Civil Veterinary Department. United Provinces 1923-31 - 1923-1931
Year: 1923
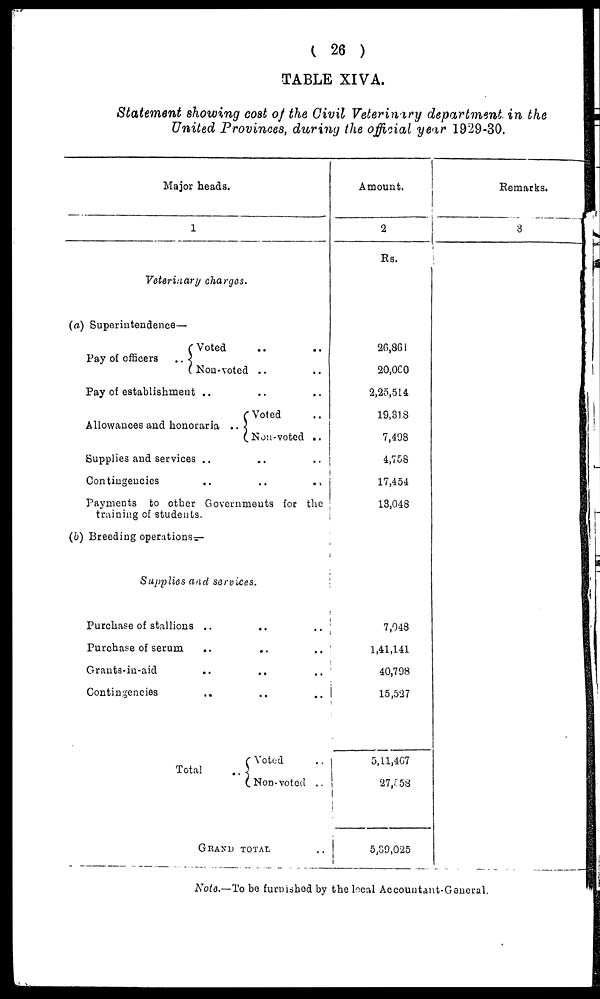
(26)
TABLE XIVA.
Statement showing cost of the Civil Veterinary department in the
United Provinces, during the official year 1929-30.
Major heads.
1
Veterinary charges.
(a) Superintendence—
Voted .. ..
Pay of officers
..
Non-voted .. ..
Pay of establishment .. ..
Voted ..
Allowances and honoraria ..
Non-voted .. ..
Supplies and services .. .. ..
Contingencies .. .. ..
Payments to other Governments for the
training of students.
(b) Breeding operations-
Supplies and services.
Purchase of stallions .. .. ..
Purchase of serum .. .. ..
Grants-in-aid .. .. ..
Contingencies .. .. ..
Voted ..
Total
..
NOD-voted ..
GRAND TOTAL ..
Amount.
2
Rs.
26,86
20,000
2,25,514
19,318
7,498
4,758
17,454
13,048
7,048
1,41,141
40,798
15,527
5,11,467
..
27,558
5,89,025
Remarks.
8
Note.—To be furnished by the local Accountant-General.